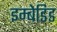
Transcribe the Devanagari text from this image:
इम्बेडिड